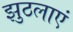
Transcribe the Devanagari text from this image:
झुठलाएं